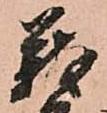
義